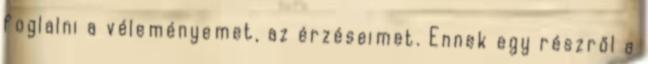
foglalni a véleményemet, az érzéseimet. Ennek egy részről a